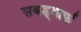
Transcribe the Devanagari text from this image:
सबड्वार्फ़